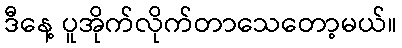
ဒီနေ့ ပူအိုက်လိုက်တာသေတော့မယ်။